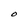
Character: O